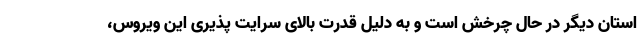
استان دیگر در حال چرخش است و به دلیل قدرت بالای سرایت پذیری این ویروس،